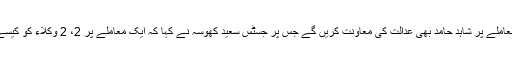
زیر کفالت کے معاملے پر شاہد حامد بھی عدالت کی معاونت کریں گے جس پر جسٹس سعید کھوسہ نے کہا کہ ایک معاملے پر 2، 2 وکلاء کو کیسے سن سکتے ہیں۔